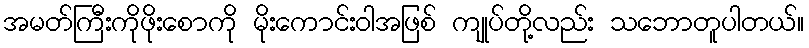
အမတ်ကြီးကိုဖိုးစောကို မိုးကောင်းဝါအဖြစ် ကျုပ်တို့လည်း သဘောတူပါတယ်။